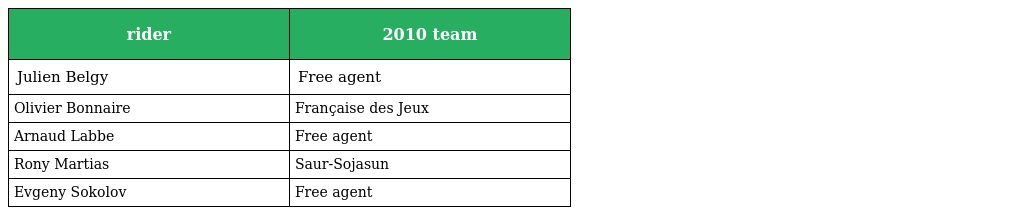
| rider | 2010 team |
 | --- | --- |
 | Julien Belgy | Free agent |
 | Olivier Bonnaire | Française des Jeux |
 | Arnaud Labbe | Free agent |
 | Rony Martias | Saur-Sojasun |
 | Evgeny Sokolov | Free agent |